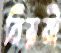
নিয়মী